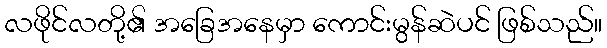
လဖိုင်လတို့၏ အခြေအနေမှာ ကောင်းမွန်ဆဲပင် ဖြစ်သည်။